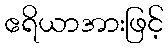
ဧရိယာအားဖြင့်